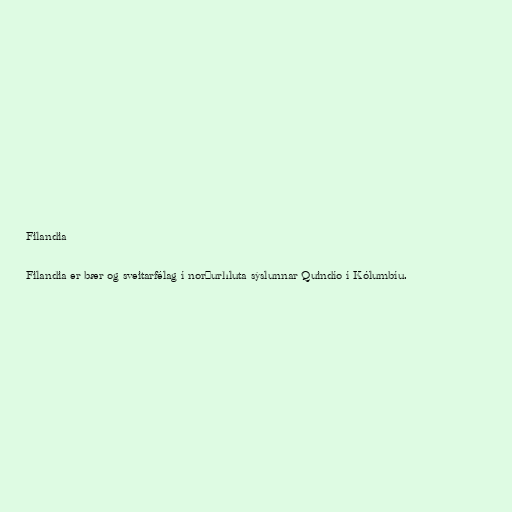
Filandia

Filandia er bær og sveitarfélag í norðurhluta sýslunnar Quindío í Kólumbíu.